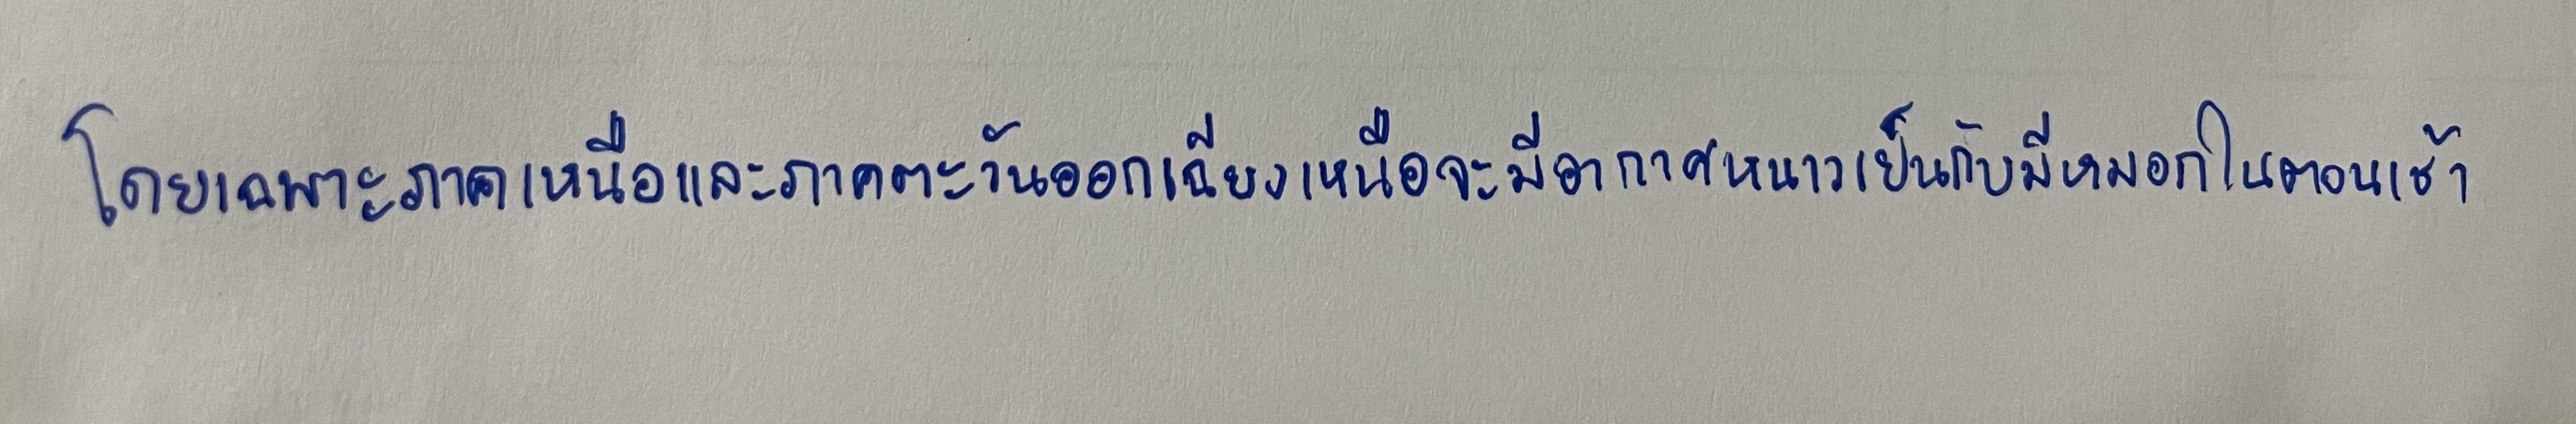
โดยเฉพาะภาคเหนือและภาคตะวันออกเฉียงเหนือจะมีอากาศหนาวเย็นกับมีหมอกในตอนเช้า